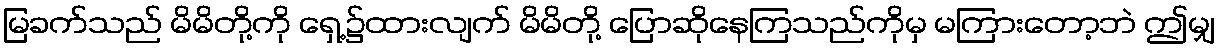
မြခက်သည် မိမိတို့ကို ရှေ့၌ထားလျက် မိမိတို့ ပြောဆိုနေကြသည်ကိုမှ မကြားတော့ဘဲ ဤမျှ